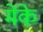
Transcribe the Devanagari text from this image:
मेंके